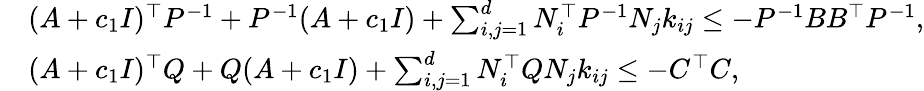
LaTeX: \begin{array}{rl}&{(A+c_{1}I)^{\top}P^{-1}+P^{-1}(A+c_{1}I)+\sum_{i,j=1}^{d}N_{i}^{\top}P^{-1}N_{j}k_{ij}\leq-P^{-1}BB^{\top}P^{-1},}\\ &{(A+c_{1}I)^{\top}Q+Q(A+c_{1}I)+\sum_{i,j=1}^{d}N_{i}^{\top}QN_{j}k_{ij}\leq-C^{\top}C,}\end{array}